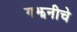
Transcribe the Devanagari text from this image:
गझनीचे